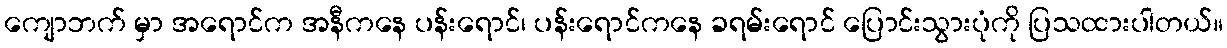
ကျောဘက် မှာ အရောင်က အနီကနေ ပန်းရောင်၊ ပန်းရောင်ကနေ ခရမ်းရောင် ပြောင်းသွားပုံကို ပြသထားပါတယ်။